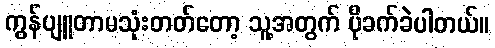
ကွန်ပျူတာမသုံးတတ်တော့ သူ့အတွက် ပိုခက်ခဲပါတယ်။